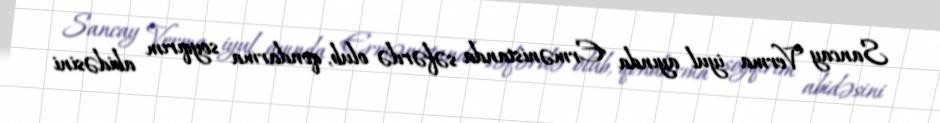
Sancay Verma iyul ayında Ermənistanda səfərdə olub, qondarma soyqırım abidəsini